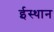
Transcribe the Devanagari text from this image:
ईस्थान